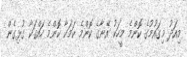
މިއަދު މިގައުމުގެ ކޮންމެ މީހަކު އޭނާގެ ކޮންމެ ކަމަކާ ކޮންމެ ހައްގަކާ ގުޅިގެން